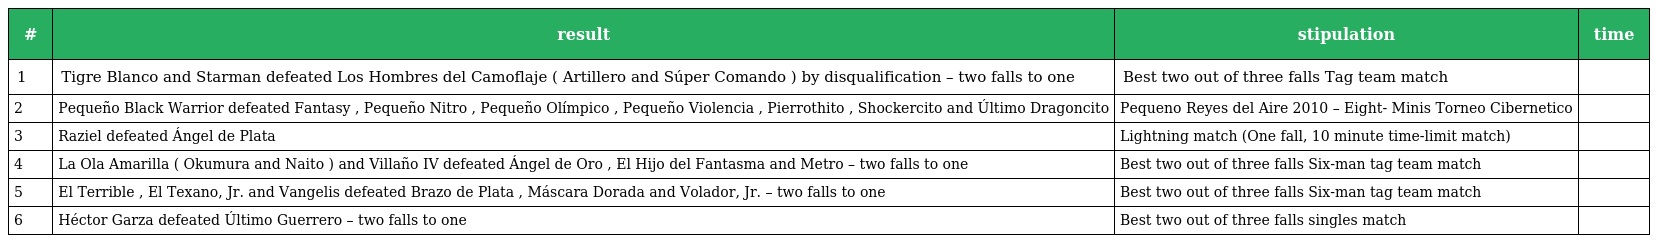
| # | result | stipulation | time |
 | --- | --- | --- | --- |
 | 1 | Tigre Blanco and Starman defeated Los Hombres del Camoflaje ( Artillero and Súper Comando ) by disqualification – two falls to one | Best two out of three falls Tag team match |  |
 | 2 | Pequeño Black Warrior defeated Fantasy , Pequeño Nitro , Pequeño Olímpico , Pequeño Violencia , Pierrothito , Shockercito and Último Dragoncito | Pequeno Reyes del Aire 2010 – Eight- Minis Torneo Cibernetico |  |
 | 3 | Raziel defeated Ángel de Plata | Lightning match (One fall, 10 minute time-limit match) |  |
 | 4 | La Ola Amarilla ( Okumura and Naito ) and Villaño IV defeated Ángel de Oro , El Hijo del Fantasma and Metro – two falls to one | Best two out of three falls Six-man tag team match |  |
 | 5 | El Terrible , El Texano, Jr. and Vangelis defeated Brazo de Plata , Máscara Dorada and Volador, Jr. – two falls to one | Best two out of three falls Six-man tag team match |  |
 | 6 | Héctor Garza defeated Último Guerrero – two falls to one | Best two out of three falls singles match |  |